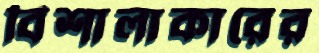
বিশালাকারের